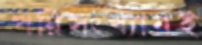
পরিসংখ্যানই